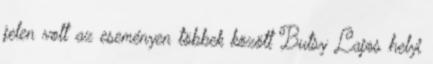
jelen volt az eseményen többek között Butsy Lajos helyi